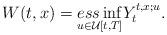
LaTeX: \begin{align*}W(t,x)=\underset{u\in\mathcal{U}[t,T]}{ess\inf}Y_{t}^{t,x;u}.\end{align*}